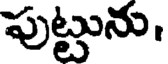
పుట్టును,